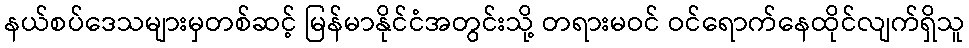
နယ်စပ်ဒေသများမှတစ်ဆင့် မြန်မာနိုင်ငံအတွင်းသို့ တရားမဝင် ဝင်ရောက်နေထိုင်လျက်ရှိသူ